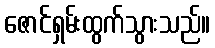
ဇောင်ရှမ်းထွက်သွားသည်။